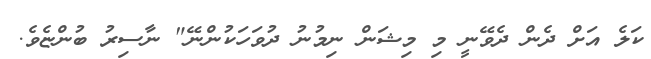
ކަލެ އަށް ދެން ދެވޭނީ މި މިޝަން ނިމުނު ދުވަހަކުންނޭ" ނާސިރު ބުންޏެވެ.